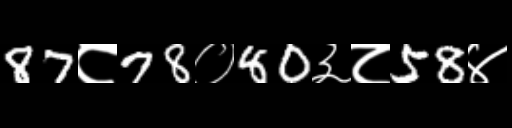
Text: 87८78०80३८58४